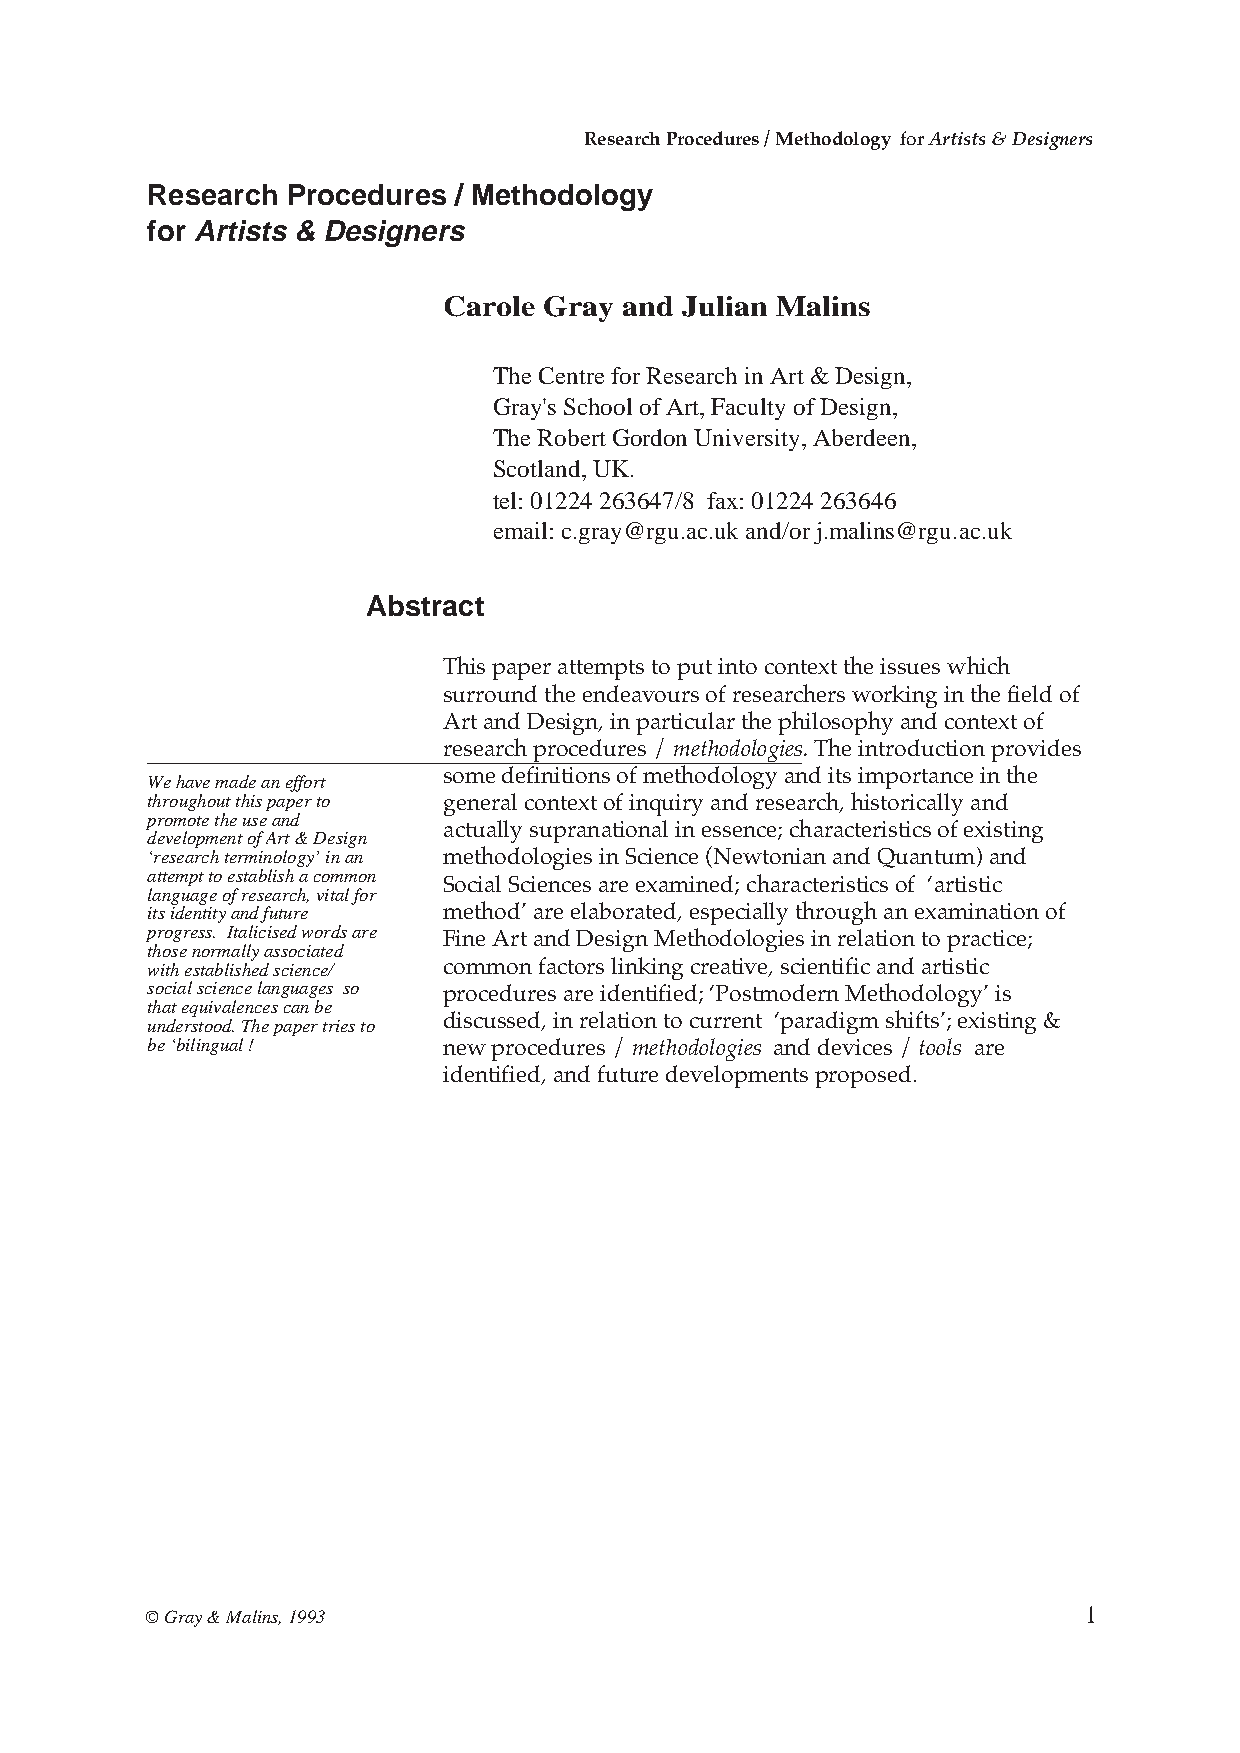
Research Procedures / Methodology for Artists & Designers
 Research Procedures / Methodology
 for Artists & Designers
 Carole Gray and Julian Malins
 The Centre for Research in Art & Design,
 Gray's School of Art, Faculty of Design,
 The Robert Gordon University, Aberdeen,
 Scotland, UK.
 tel: 01224 263647/8 fax: 01224 263646
 email: c.gray@rgu.ac.uk and/or j.malins@rgu.ac.uk
 Abstract
 This paper attempts to put into context the issues which
 surround the endeavours of researchers working in the field of
 Art and Design, in particular the philosophy and context of
 research procedures / methodologies. The introduction provides
 some definitions of methodology and its importance in the
 We have made an effort
 throughout this paper to general context of inquiry and research, historically and
 promote the use and
 actually supranational in essence; characteristics of existing
 development of Art & Design
 ‘research terminology’ in an methodologies in Science (Newtonian and Quantum) and
 attempt to establish a common
 Social Sciences are examined; characteristics of ‘artistic
 language of research, vital for
 its identity and future method’ are elaborated, especially through an examination of
 progress. Italicised words are
 Fine Art and Design Methodologies in relation to practice;
 those normally associated
 with established science/ common factors linking creative, scientific and artistic
 social science languages so procedures are identified; ‘Postmodern Methodology’ is
 that equivalences can be
 understood. The paper tries to discussed, in relation to current ‘paradigm shifts’; existing &
 be ‘bilingual !    new procedures / methodologies and devices / tools are
 identified, and future developments proposed.
 © Gray & Malins, 1993                                         1